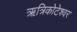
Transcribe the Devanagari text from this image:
ऋत्रिकोटेश्‍वर